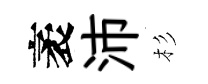
袤沛杉